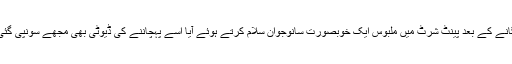
اچانک پیچھے سے گاڑی کو سائڈ لگانے کے بعد پینٹ شرٹ میں ملبوس ایک خوبصورت سانوجوان سلام کرتے ہوئے آیا اسے پہچاننے کی ڈیوٹی بھی مجھے سونپی گئی تو ہم نے جھٹ سے انھیں پہچان لیا۔